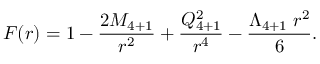
F ( r ) = 1 - { \frac { 2 M _ { 4 + 1 } } { r ^ { 2 } } } + { \frac { Q _ { 4 + 1 } ^ { 2 } } { r ^ { 4 } } } - { \frac { \Lambda _ { 4 + 1 } \; r ^ { 2 } } { 6 } } .